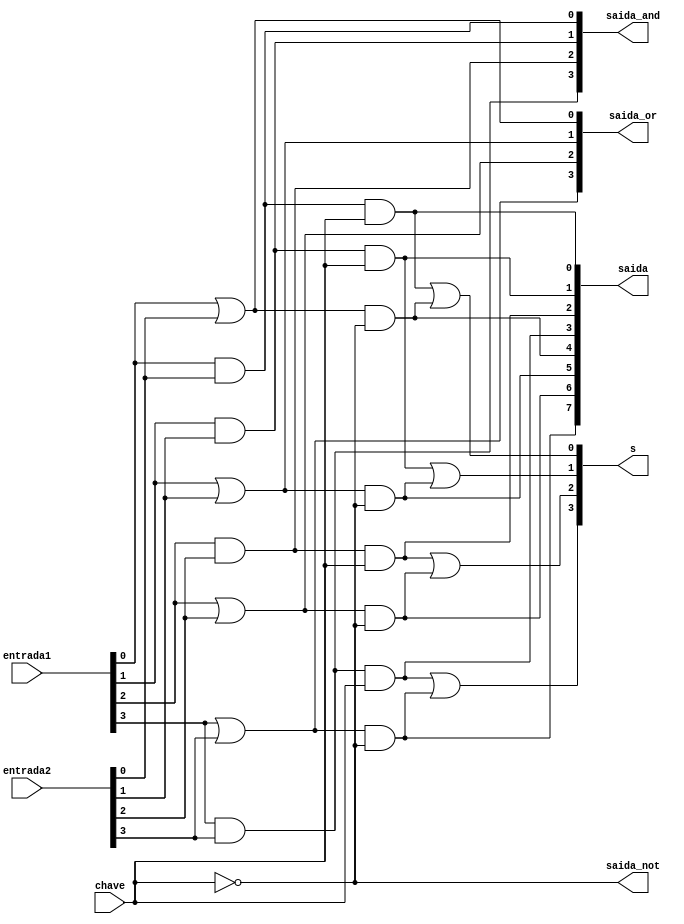
// ------------------------- 
// Exemplo0032 - SEL 
// Nome: Michelle da Costa Silva 
// -------------------------
 
// ------------------------- 
// sel_gate 
// ------------------------- 

   module sel (output [3:0]saida_and, output [3:0]saida_or, output [7:0]saida, output [3:0]s, output [0:0]saida_not, input [3:0]entrada1, input [3:0]entrada2, input [0:0]chave);
					
	 and AND1(saida_and[0], entrada1[0], entrada2[0]);
    and AND2(saida_and[1], entrada1[1], entrada2[1]);
    and AND3(saida_and[2], entrada1[2], entrada2[2]);
    and AND4(saida_and[3], entrada1[3], entrada2[3]);

	 or OR1(saida_or[3], entrada1[3], entrada2[3]);
    or OR2(saida_or[2], entrada1[2], entrada2[2]);
    or OR3(saida_or[1], entrada1[1], entrada2[1]);
    or OR4(saida_or[0], entrada1[0], entrada2[0]); 
	
	 and AND5(saida[0], saida_and[0], chave[0]);
    and AND6(saida[1], saida_and[1], chave[0]);
    and AND7(saida[2], saida_and[2], chave[0]);
    and AND8(saida[3], saida_and[3], chave[0]);
	 
	 not NOT1(saida_not[0], chave[0]);
	 
    and AND9(saida[4], saida_or[0], saida_not[0]);
    and AND10(saida[5], saida_or[1], saida_not[0]);
    and AND11(saida[6], saida_or[2], saida_not[0]);
    and AND12(saida[7], saida_or[3], saida_not[0]);
	 
	 or OR5(s[3], saida[3], saida[7]);
    or OR6(s[2], saida[2], saida[6]);
    or OR7(s[1], saida[1], saida[5]);
    or OR8(s[0], saida[0], saida[4]); 

    endmodule //sel

// ------------------------- 
// -- test f4
// -------------------------
     module test_sel; 
// ------------------------- definir dados 
    reg  [3:0] x;
	 reg  [3:0] y;
	 reg  [0:0] c;
	 
	 wire [3:0] w;
	 wire [3:0] k;
	 wire [7:0] z;
	 wire [3:0] m;
	 wire [0:0] g;

	 
// ------------------------- instancia 

    sel modulo (w, k, z, m, g, x, y, c);
	  
// ------------------------- parte principal 
initial begin
      $display("Exemplo0032 - Michelle da Costa Silva");
      $display("Test LU's module");
      #1 x = 4'b0101; y = 4'b1010; c = 0;
		$monitor("Resultado Chave = %1b\n x = %4b \t y = %4b \t Resultado -> %4b\n", c, x, y, m);
		#1 x = 4'b0101; y = 4'b1010; c = 1;
		
		#1 x = 4'b1111; y = 4'b0000; c = 0;
		#1 x = 4'b1111; y = 4'b0000; c = 1;
		
		#1 x = 4'b1001; y = 4'b1000; c = 0;
		#1 x = 4'b1001; y = 4'b1000; c = 1;
		end
endmodule // test_sel